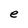
Character: e